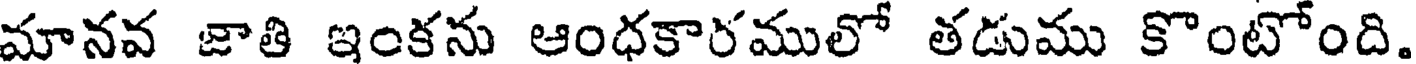
మానవ జాతి ఇంకను ఆంధకారములో తడుము కొంటోంది.